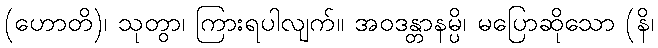
(ဟောတိ)၊ သုတွာ၊ ကြားရပါလျက်။ အဝဒန္တာနမ္ပိ၊ မပြောဆိုသော (နိ၊